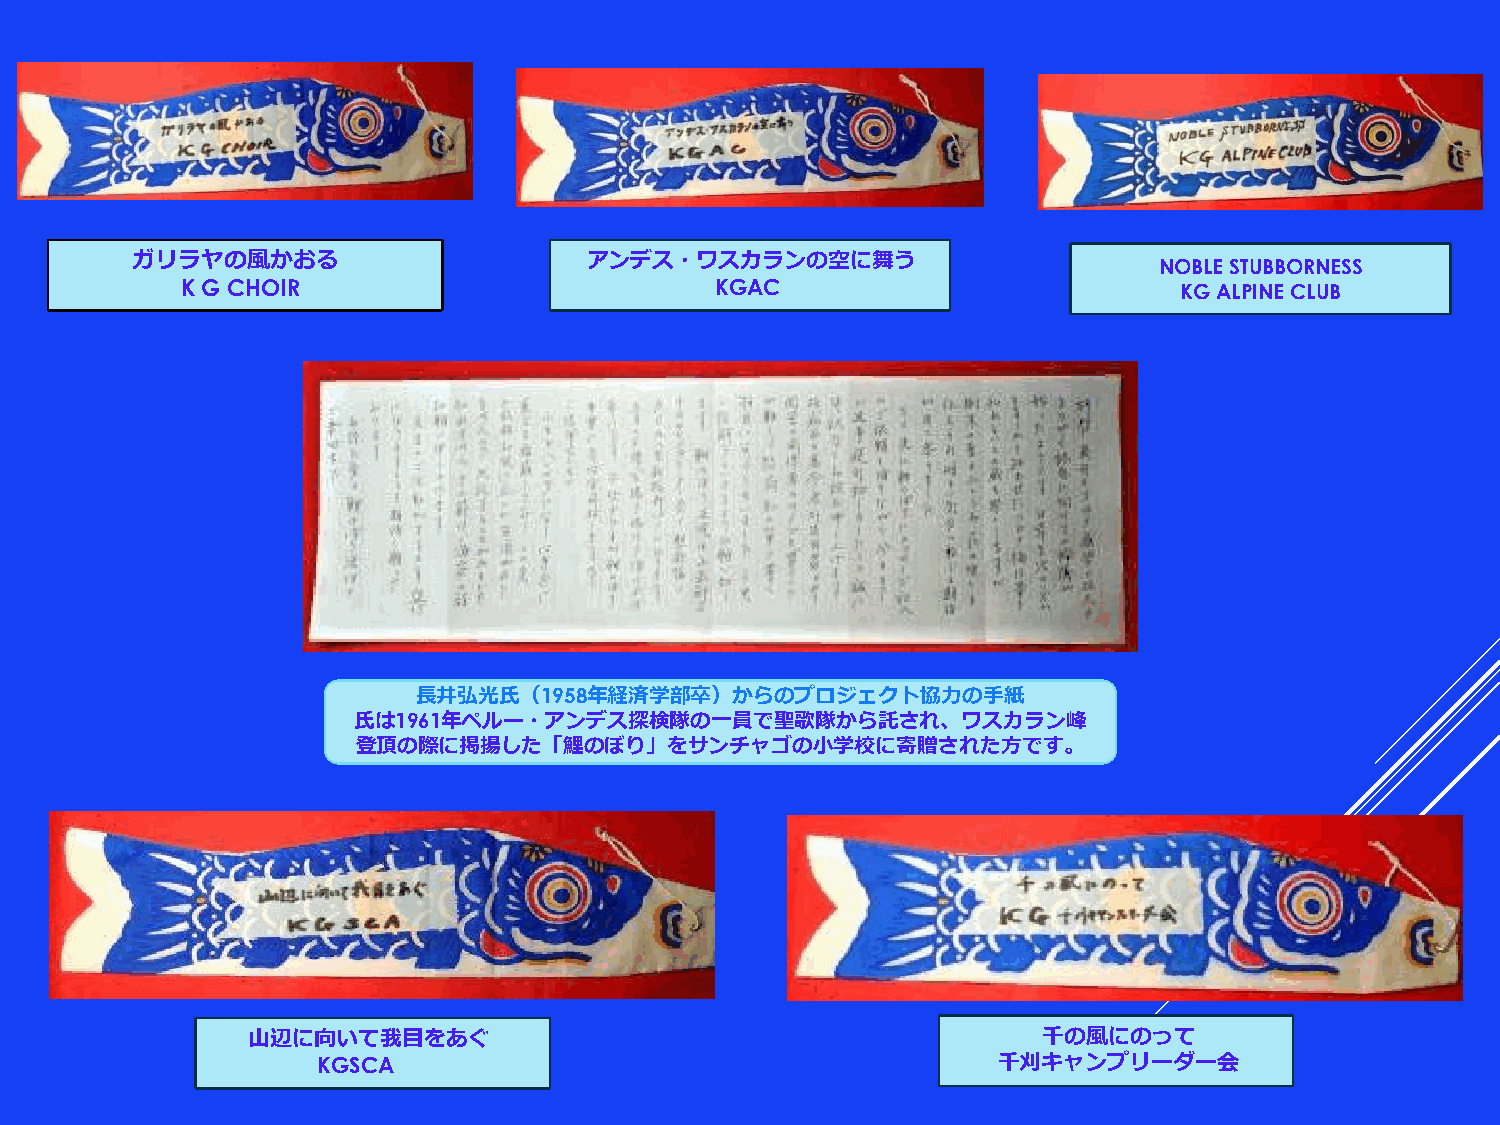
ガリラヤの風かおる                     アンデス・ワスカランの空に舞う
 NOBLESTUBBORNESS
 K G CHOIR                          KGAC                           KG ALPINE CLUB
 長井弘光氏（1958年経済学部卒）からのプロジェクト協力の手紙
 氏は1961年ペルー・アンデス探検隊の一員で聖歌隊から託され、ワスカラン峰
 登頂の際に掲揚した「鯉のぼり」をサンチャゴの小学校に寄贈された方です。
 山辺に向いて我目をあぐ                                          千の風にのって
 KGSCA                                        千刈キャンプリーダー会